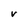
Character: V